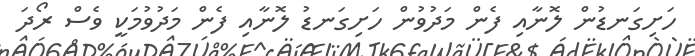
ހަށިގަނޑުން ލޮނާއި ފެން މަދުވުން ހަށިގަނޑު ލޮނާއި ފެން މަދުވުމަކީ ވެސް ރޯދަ